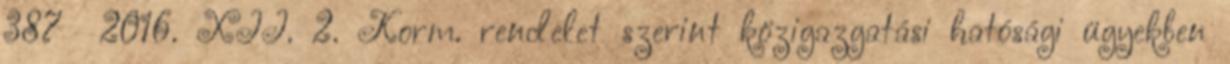
387 2016. XII. 2. Korm. rendelet szerint közigazgatási hatósági ügyekben